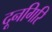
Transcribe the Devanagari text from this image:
दूनगिरि